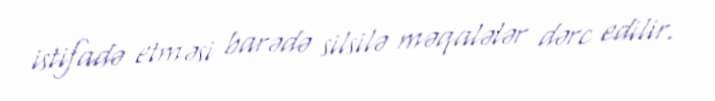
istifadə etməsi barədə silsilə məqalələr dərc edilir.